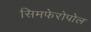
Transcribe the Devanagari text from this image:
सिमफेरोपोल